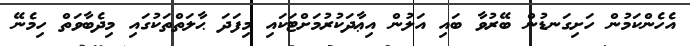
އެހެންކަމުން ހަށިގަނޑުން ބޭރުވާ ބައި އަލުން އިޢާދަކުރުމަށްޓަކައި މިފަދަ ޙާލަތްތަކުގައި މިދެބާވަތް ހިމެނޭ